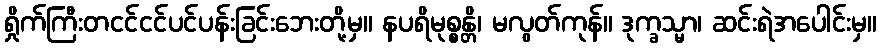
ရှိုက်ကြီးတငင်ငင်ပင်ပန်းခြင်းဘေးတို့မှ။ နပရိမုစ္စန္တိ၊ မလွတ်ကုန်။ ဒုက္ခသ္မာ၊ ဆင်းရဲအပေါင်းမှ။